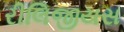
રીલિજીયસ